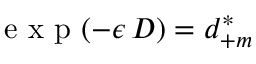
\mathrm { ~ e ~ x ~ p ~ } ( - \epsilon \, D ) = d _ { + m } ^ { * }